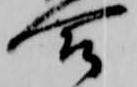
合